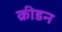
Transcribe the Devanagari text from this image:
क्रीडन